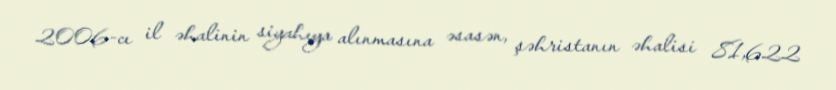
2006-cı il əhalinin siyahıya alınmasına əsasən, şəhristanın əhalisi 81,622